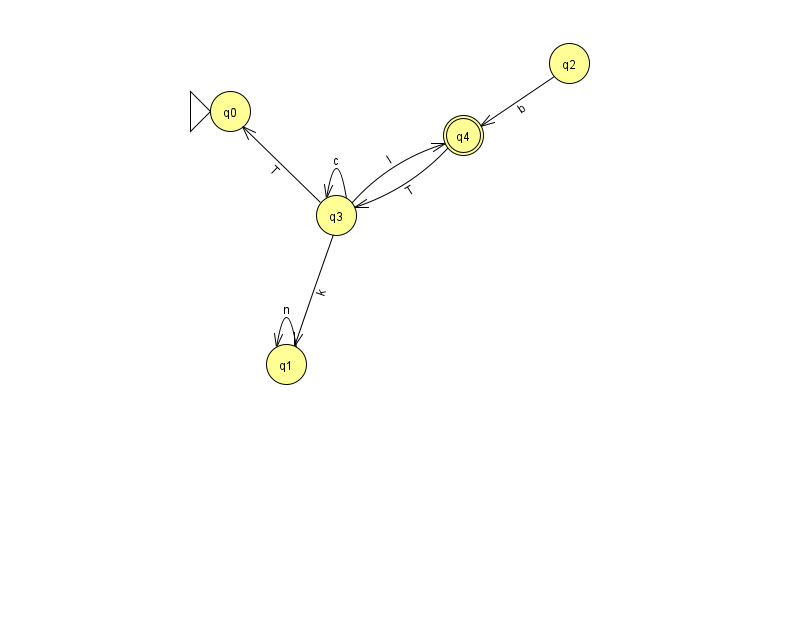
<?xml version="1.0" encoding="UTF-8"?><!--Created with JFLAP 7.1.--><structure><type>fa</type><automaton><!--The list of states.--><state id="0" name="q0"><x>230.0</x><y>98.0</y><initial/></state><state id="1" name="q1"><x>286.0</x><y>351.0</y></state><state id="2" name="q2"><x>569.0</x><y>50.0</y></state><state id="3" name="q3"><x>336.0</x><y>202.0</y></state><state id="4" name="q4"><x>463.0</x><y>122.0</y><final/></state><!--The list of transitions.--><transition><from>3</from><to>3</to><read>c</read></transition><transition><from>3</from><to>1</to><read>k</read></transition><transition><from>4</from><to>3</to><read>T</read></transition><transition><from>3</from><to>0</to><read>T</read></transition><transition><from>1</from><to>1</to><read>n</read></transition><transition><from>2</from><to>4</to><read>b</read></transition><transition><from>3</from><to>4</to><read>l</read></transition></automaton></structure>